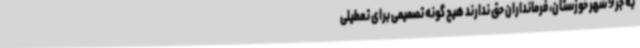
به جز 9 شهر خوزستان، فرمانداران حق ندارند هیچ گونه تصمیمی برای تعطیلی